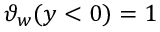
\vartheta _ { w } ( y < 0 ) = 1